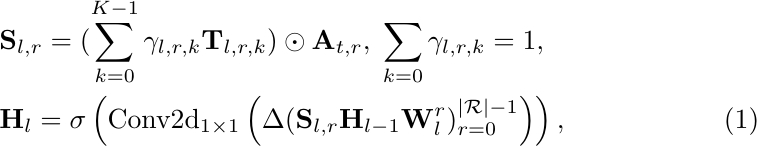
\begin{align}
    &\mathbf{S}_{l, r} = (\sum_{k=0}^{K-1}\gamma_{l,r,k}\mathbf{T}_{l, r, k})\odot\mathbf{A}_{t,r},\;\sum_{k=0}\gamma_{l,r,k} = 1, \label{eq2}\notag\\&
    \mathbf{H}_l = \sigma\left(\text{Conv2d}_{1\times1}\left(\Delta(\mathbf{S}_{l, r}\mathbf{H}_{l-1}\mathbf{W}^r_l)^{|\mathcal{R}|-1}_{r=0}\right)\right),
\end{align}